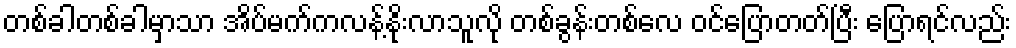
တစ်ခါတစ်ခါမှာသာ အိပ်မက်ကလန့်နိုးလာသူလို တစ်ခွန်းတစ်လေ ဝင်ပြောတတ်ပြီး ပြောရင်လည်း